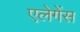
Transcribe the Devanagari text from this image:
एलेगेंस